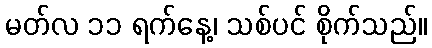
မတ်လ ၁၁ ရက်နေ့၊ သစ်ပင် စိုက်သည်။